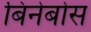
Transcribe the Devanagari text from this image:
बिंनेबोस